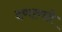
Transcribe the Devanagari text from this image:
दणाणते